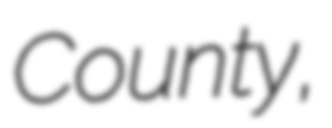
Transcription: County,